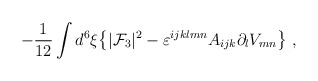
\begin{align*}-{1\over12}\int d^6\xi\big\{ |{\cal F}_3|^2 -\varepsilon^{ijklmn}A_{ijk}\partial_l V_{mn}\big\}\ ,\end{align*}